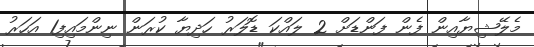
މެލޭޝިޔާއިން ފެން ފަންޑަށް 2 ލައްކަ ޑޮލަރު ހަދިޔާ ކުރަން ނިންމައިފި1 އަހަރު